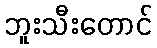
ဘူးသီးတောင်